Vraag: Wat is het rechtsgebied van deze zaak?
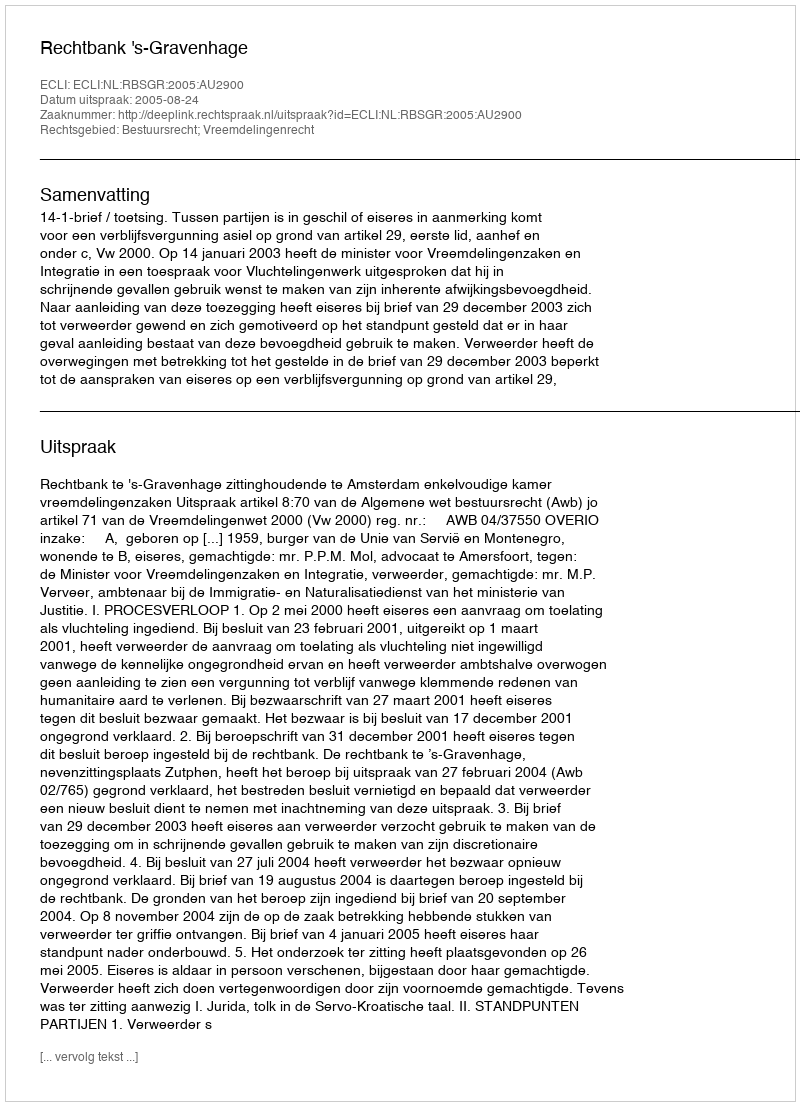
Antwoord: Bestuursrecht; Vreemdelingenrecht